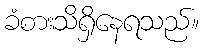
ခံစားသိရှိနေရသည်။